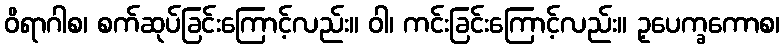
ဝိရာဂါစ၊ စက်ဆုပ်ခြင်းကြောင့်လည်း။ ဝါ၊ ကင်းခြင်းကြောင့်လည်း။ ဥ့ပေက္ခကောစ၊